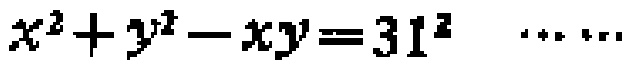
$x^{2}+y^{2}-xy = 31^{2}\ \cdots\cdots$